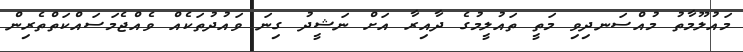
މައުލޫމާތު މުއްސަނދިވި މަތީ ތައުލީމުގެ ދާއިރާ އަށް ނަޝީދު ގިނަ ވައުދުތަކެއް ވެއްޖެމަސައްކަތްތެރިން